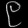
Digit: ၉